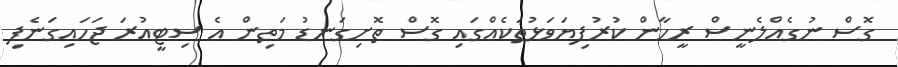
ގޮސް ނުގެއްލެނީސް ރީހާން ކުރުފިޔަވަޅުތަކެއްގައި ގޮސް ތޮށިގަނޑު މަތިން އެ ސިޓީއުރަ ޖަހައިގަނެފި